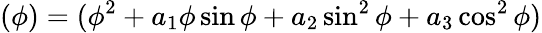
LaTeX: (\phi)=(\phi^{2}+a_{1}\phi\sin\phi+a_{2}\sin^{2}\phi+a_{3}\cos^{2}\phi)